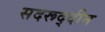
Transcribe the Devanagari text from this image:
सदरूद्दीन